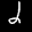
Label: 2